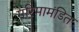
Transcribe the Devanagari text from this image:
गरिमामंडित